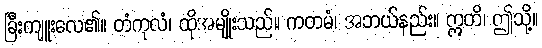
ခြီးကျူးလေ၏။ တံကုလံ၊ ထိုအမျိုးသည်။ ကတမံ၊ အဘယ်နည်း။ ဣတိ၊ ဤသို့။